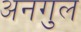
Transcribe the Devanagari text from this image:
अनगुल